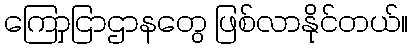
ကြောှငြာဌာနတွေ ဖြစ်လာနိုင်တယ်။